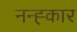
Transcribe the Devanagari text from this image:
नन्ह्कार